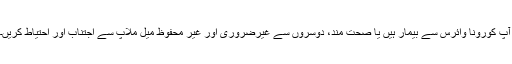
آپ کورونا وائرس سے بیمار ہیں یا صحت مند، دوسروں سے غیرضروری اور غیر محفوظ میل ملاپ سے اجتناب اور احتیاط کریں۔